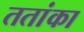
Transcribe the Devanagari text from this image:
ततांका